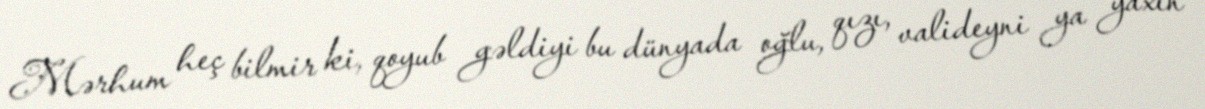
Mərhum heç bilmir ki, qoyub gəldiyi bu dünyada oğlu, qızı, valideyni ya yaxın